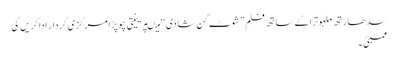
سدھارتھ ملہوترا کے ساتھ فلم ’’شوٹ گن شادی ‘‘ میںپرینیتی چوپڑا مرکزی کردار ادا کریں گی
ممبئی۔